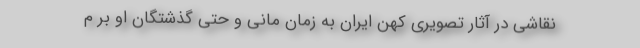
نقاشی در آثار تصویری کهن ایران به زمان مانی و حتی گذشتگان او بر م